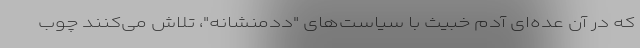
که در آن عده‌ای آدم خبیث با سیاست‌های "ددمنشانه"، تلاش می‌کنند چوب